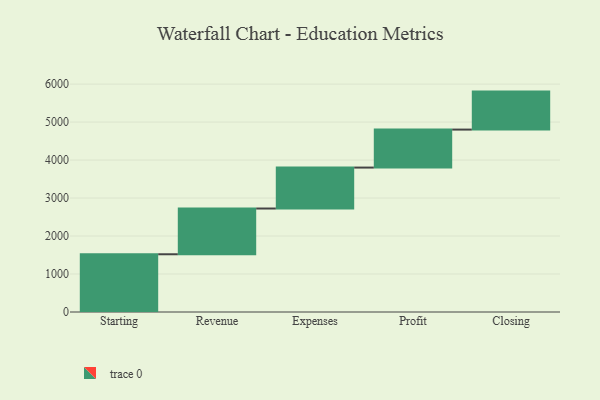
{"axis": {"x": "Step", "y": "Value"}, "legend": [""], "data": [{"x": "Starting", "y": 1520.0, "type": ""}, {"x": "Revenue", "y": 1204.0, "type": ""}, {"x": "Expenses", "y": 1078.0, "type": ""}, {"x": "Profit", "y": 1000, "type": ""}, {"x": "Closing", "y": 1000, "type": ""}]}